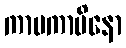
ကာမကာမိနော